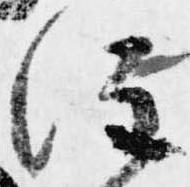
注